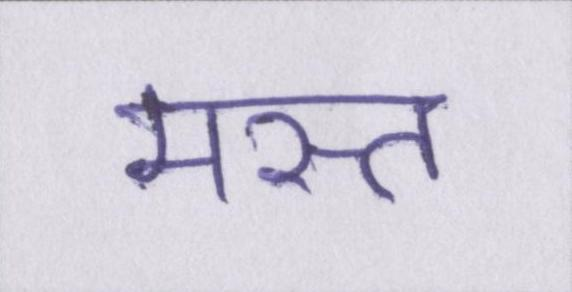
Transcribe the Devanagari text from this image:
मस्त